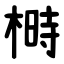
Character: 榯